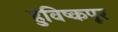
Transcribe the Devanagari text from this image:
हुविष्कपूर